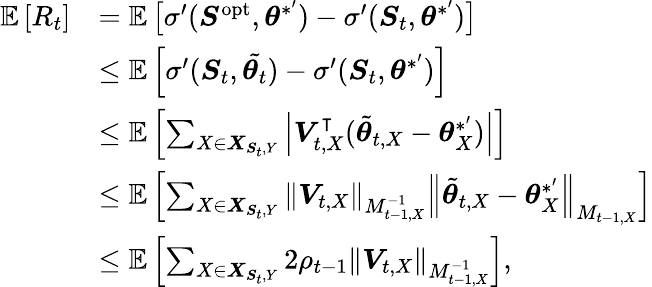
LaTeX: \begin{array}{rl}{\mathbb{E}\left[R_{t}\right]}&{=\mathbb{E}\left[\sigma^{\prime}(\boldsymbol{S}^{\mathrm{opt}},\boldsymbol{\theta}^{*^{\prime}})-\sigma^{\prime}(\boldsymbol{S}_{t},\boldsymbol{\theta}^{*^{\prime}})\right]}\\ &{\leq\mathbb{E}\left[\sigma^{\prime}(\boldsymbol{S}_{t},\tilde{\boldsymbol{\theta}_{t}})-\sigma^{\prime}(\boldsymbol{S}_{t},\boldsymbol{\theta}^{*^{\prime}})\right]}\\ &{\leq\mathbb{E}\left[\sum_{X\in\boldsymbol{X}_{\boldsymbol{S}_{t},Y}}\left|\boldsymbol{V}_{t,X}^{\intercal}(\tilde{\boldsymbol{\theta}}_{t,X}-\boldsymbol{\theta}_{X}^{*^{\prime}})\right|\right]}\\ &{\leq\mathbb{E}\left[\sum_{X\in\boldsymbol{X}_{\boldsymbol{S}_{t},Y}}\left\| \boldsymbol{V}_{t,X}\right\| _{M_{t-1,X}^{-1}}\left\| \tilde{\boldsymbol{\theta}}_{t,X}-\boldsymbol{\theta}_{X}^{*^{\prime}}\right\| _{M_{t-1,X}}\right]}\\ &{\leq\mathbb{E}\left[\sum_{X\in\boldsymbol{X}_{\boldsymbol{S}_{t},Y}}2\rho_{t-1}\left\| \boldsymbol{V}_{t,X}\right\| _{M_{t-1,X}^{-1}}\right],}\end{array}